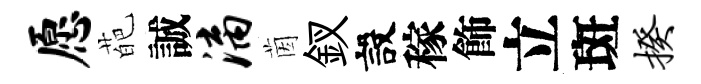
愿葩誠漓茵釵設稼飾立斑揆